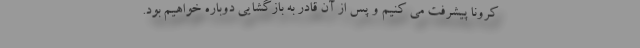
کرونا پیشرفت می کنیم و پس از آن قادر به بازگشایی دوباره خواهیم بود.